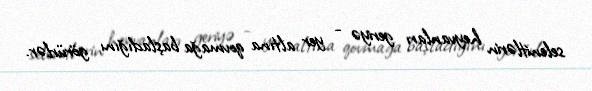
selenitlərin heyvanları geriyə - yer altına qovmağa başladığını görürlər.